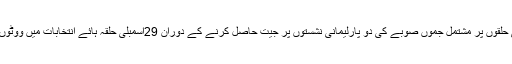
بی جے پی کو 37اسمبلی حلقوں پر مشتمل جموں صوبے کی دو پارلیمانی نشستوں پر جیت حاصل کرنے کے دوران 29اسمبلی حلقہ ہائے انتخابات میں ووٹوں کی برتری حاصل رہی ۔